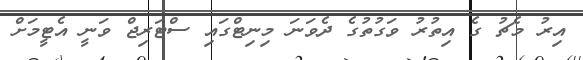
އިރު މެޗު ގެ އިތުރު ވަގުތުގެ ދެވަނަ މިނިޓްގައި ސްޓަރިޖް ވަނީ އެޓީމަށް